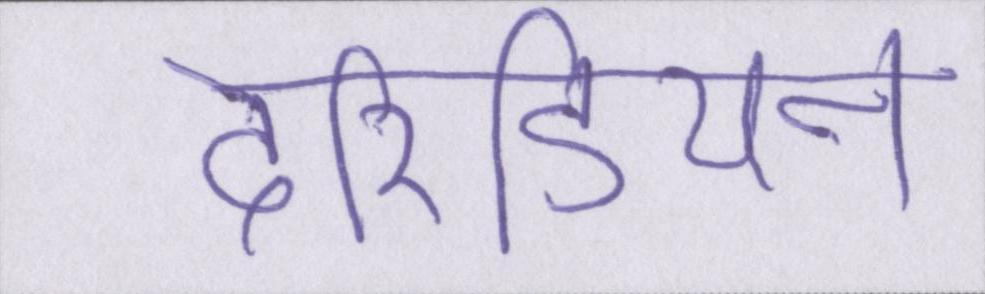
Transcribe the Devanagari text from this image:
टेरिडियन